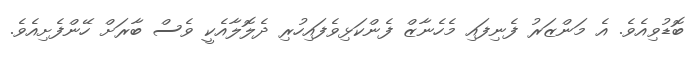
ބޮޑުވިއެވެ. އެ މަންޒަރު ފެނިފައި މެހެނާޒް ފެންކަޅިވެފައިހުރި ދެލޮލާއެކީ ވެސް ބާރަށް ހޭންފެށިއެވެ.